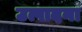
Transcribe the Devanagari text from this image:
उत्पादना